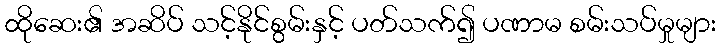
ထိုဆေး၏ အဆိပ် သင့်နိုင်စွမ်းနှင့် ပတ်သက်၍ ပဏာမ စမ်းသပ်မှုများ